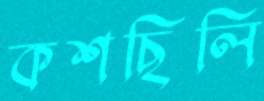
কশছিলি